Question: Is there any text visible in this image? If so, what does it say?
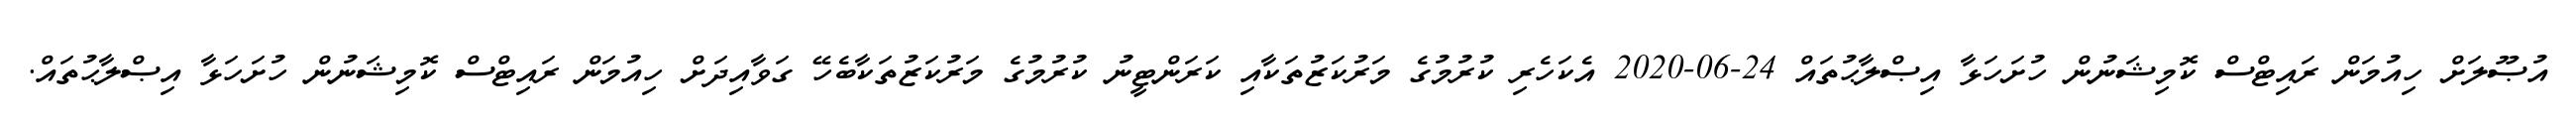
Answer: އުޞޫލަށް ހިއުމަން ރައިޓްސް ކޮމިޝަނުން ހުށަހަޅާ އިޞްލާޙުތައް 24-06-2020 އެކަހެރި ކުރުމުގެ މަރުކަޒުތަކާއި ކަރަންޓީނު ކުރުމުގެ މަރުކަޒުތަކާބެހޭ ގަވާއިދަށް ހިއުމަން ރައިޓްސް ކޮމިޝަނުން ހުށަހަޅާ އިޞްލާޙުތައް.